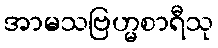
အာမသဗြဟ္မစာရီသု